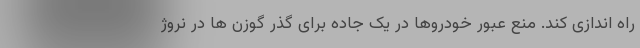
راه اندازی کند. منع عبور خودروها در یک جاده برای گذر گوزن ها در نروژ